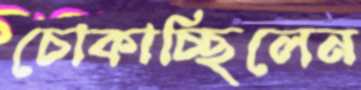
চোকাচ্ছিলেন